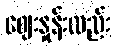
ဈေးနှုန်းလည်း